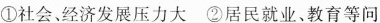
①社会、经济发展压力大②居民就业、教育等问